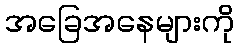
အခြေအနေများကို